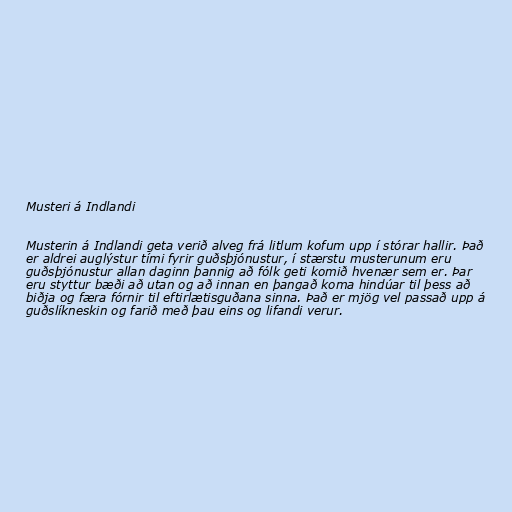
Musteri á Indlandi

Musterin á Indlandi geta verið alveg frá litlum kofum upp í stórar hallir. Það
er aldrei auglýstur tími fyrir guðsþjónustur, í stærstu musterunum eru
guðsþjónustur allan daginn þannig að fólk geti komið hvenær sem er. Þar
eru styttur bæði að utan og að innan en þangað koma hindúar til þess að
biðja og færa fórnir til eftirlætisguðana sinna. Það er mjög vel passað upp á
guðslíkneskin og farið með þau eins og lifandi verur.